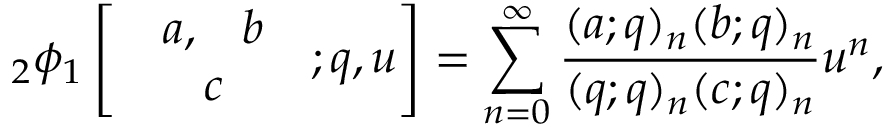
{ _ 2 } \phi _ { 1 } \left[ \begin{array} { c } { { \begin{array} { c c } { { a , } } & { { b } } \end{array} } } \\ { { c } } \end{array} ; q , u \right] = \sum _ { n = 0 } ^ { \infty } \frac { ( a ; q ) _ { n } ( b ; q ) _ { n } } { ( q ; q ) _ { n } ( c ; q ) _ { n } } u ^ { n } ,